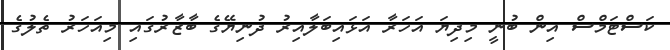
ކަސްޓަމްސް އިން ބުނީ މިދިޔަ އަހަރާ އަޅައިބަލާއިރު ދުނިޔޭގެ ބާޒާރުގައި މިއަހަރު ތެލުގެ